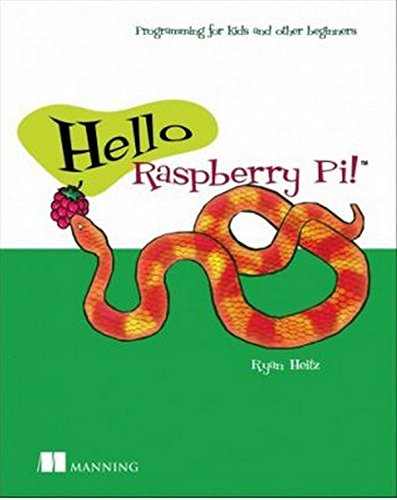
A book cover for Hello Raspberry Pi!: Python programming for kids and other beginners; Ryan Heitz; Children's Books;